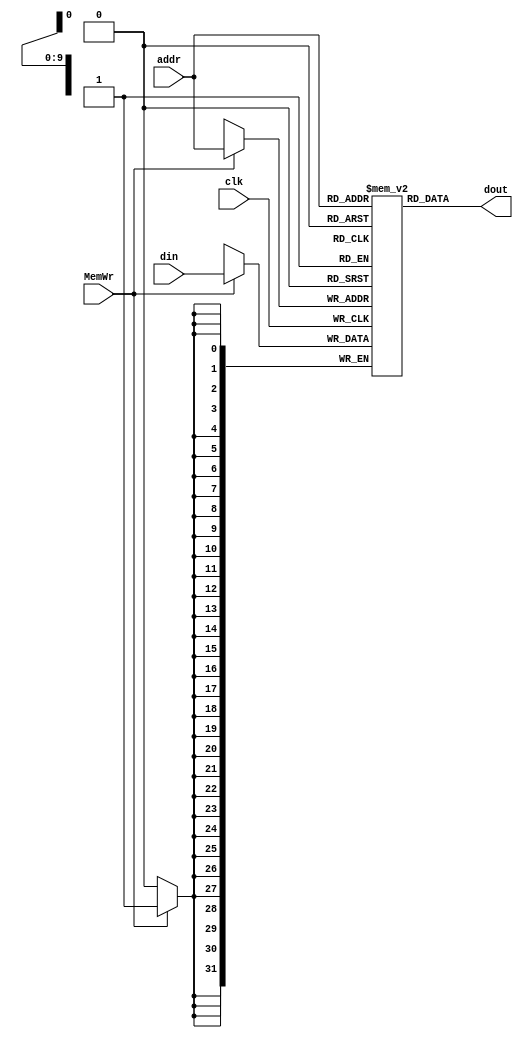
module dm_4k(addr,din,MemWr,clk,dout);//
	input [11:2] addr;		//address bus
	input [31:0] din;		//32-bit input data
	input MemWr;				//memory write enable
	input clk;				//clock
	output [31:0] dout;		//32-bit memory output

	reg[31:0] Dm[1023:0];
	integer i;
	initial
		begin
			for(i=0;i<1024;i=i+1)
				Dm[i] = 32'b0;
		end

	assign dout = Dm[addr[11:2]];//4

	always @(posedge clk)//
		begin
			if(MemWr)
				Dm[addr[11:2]] <= din;
		end
endmodule // dm_4k